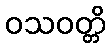
ဝသဝတ္တိ